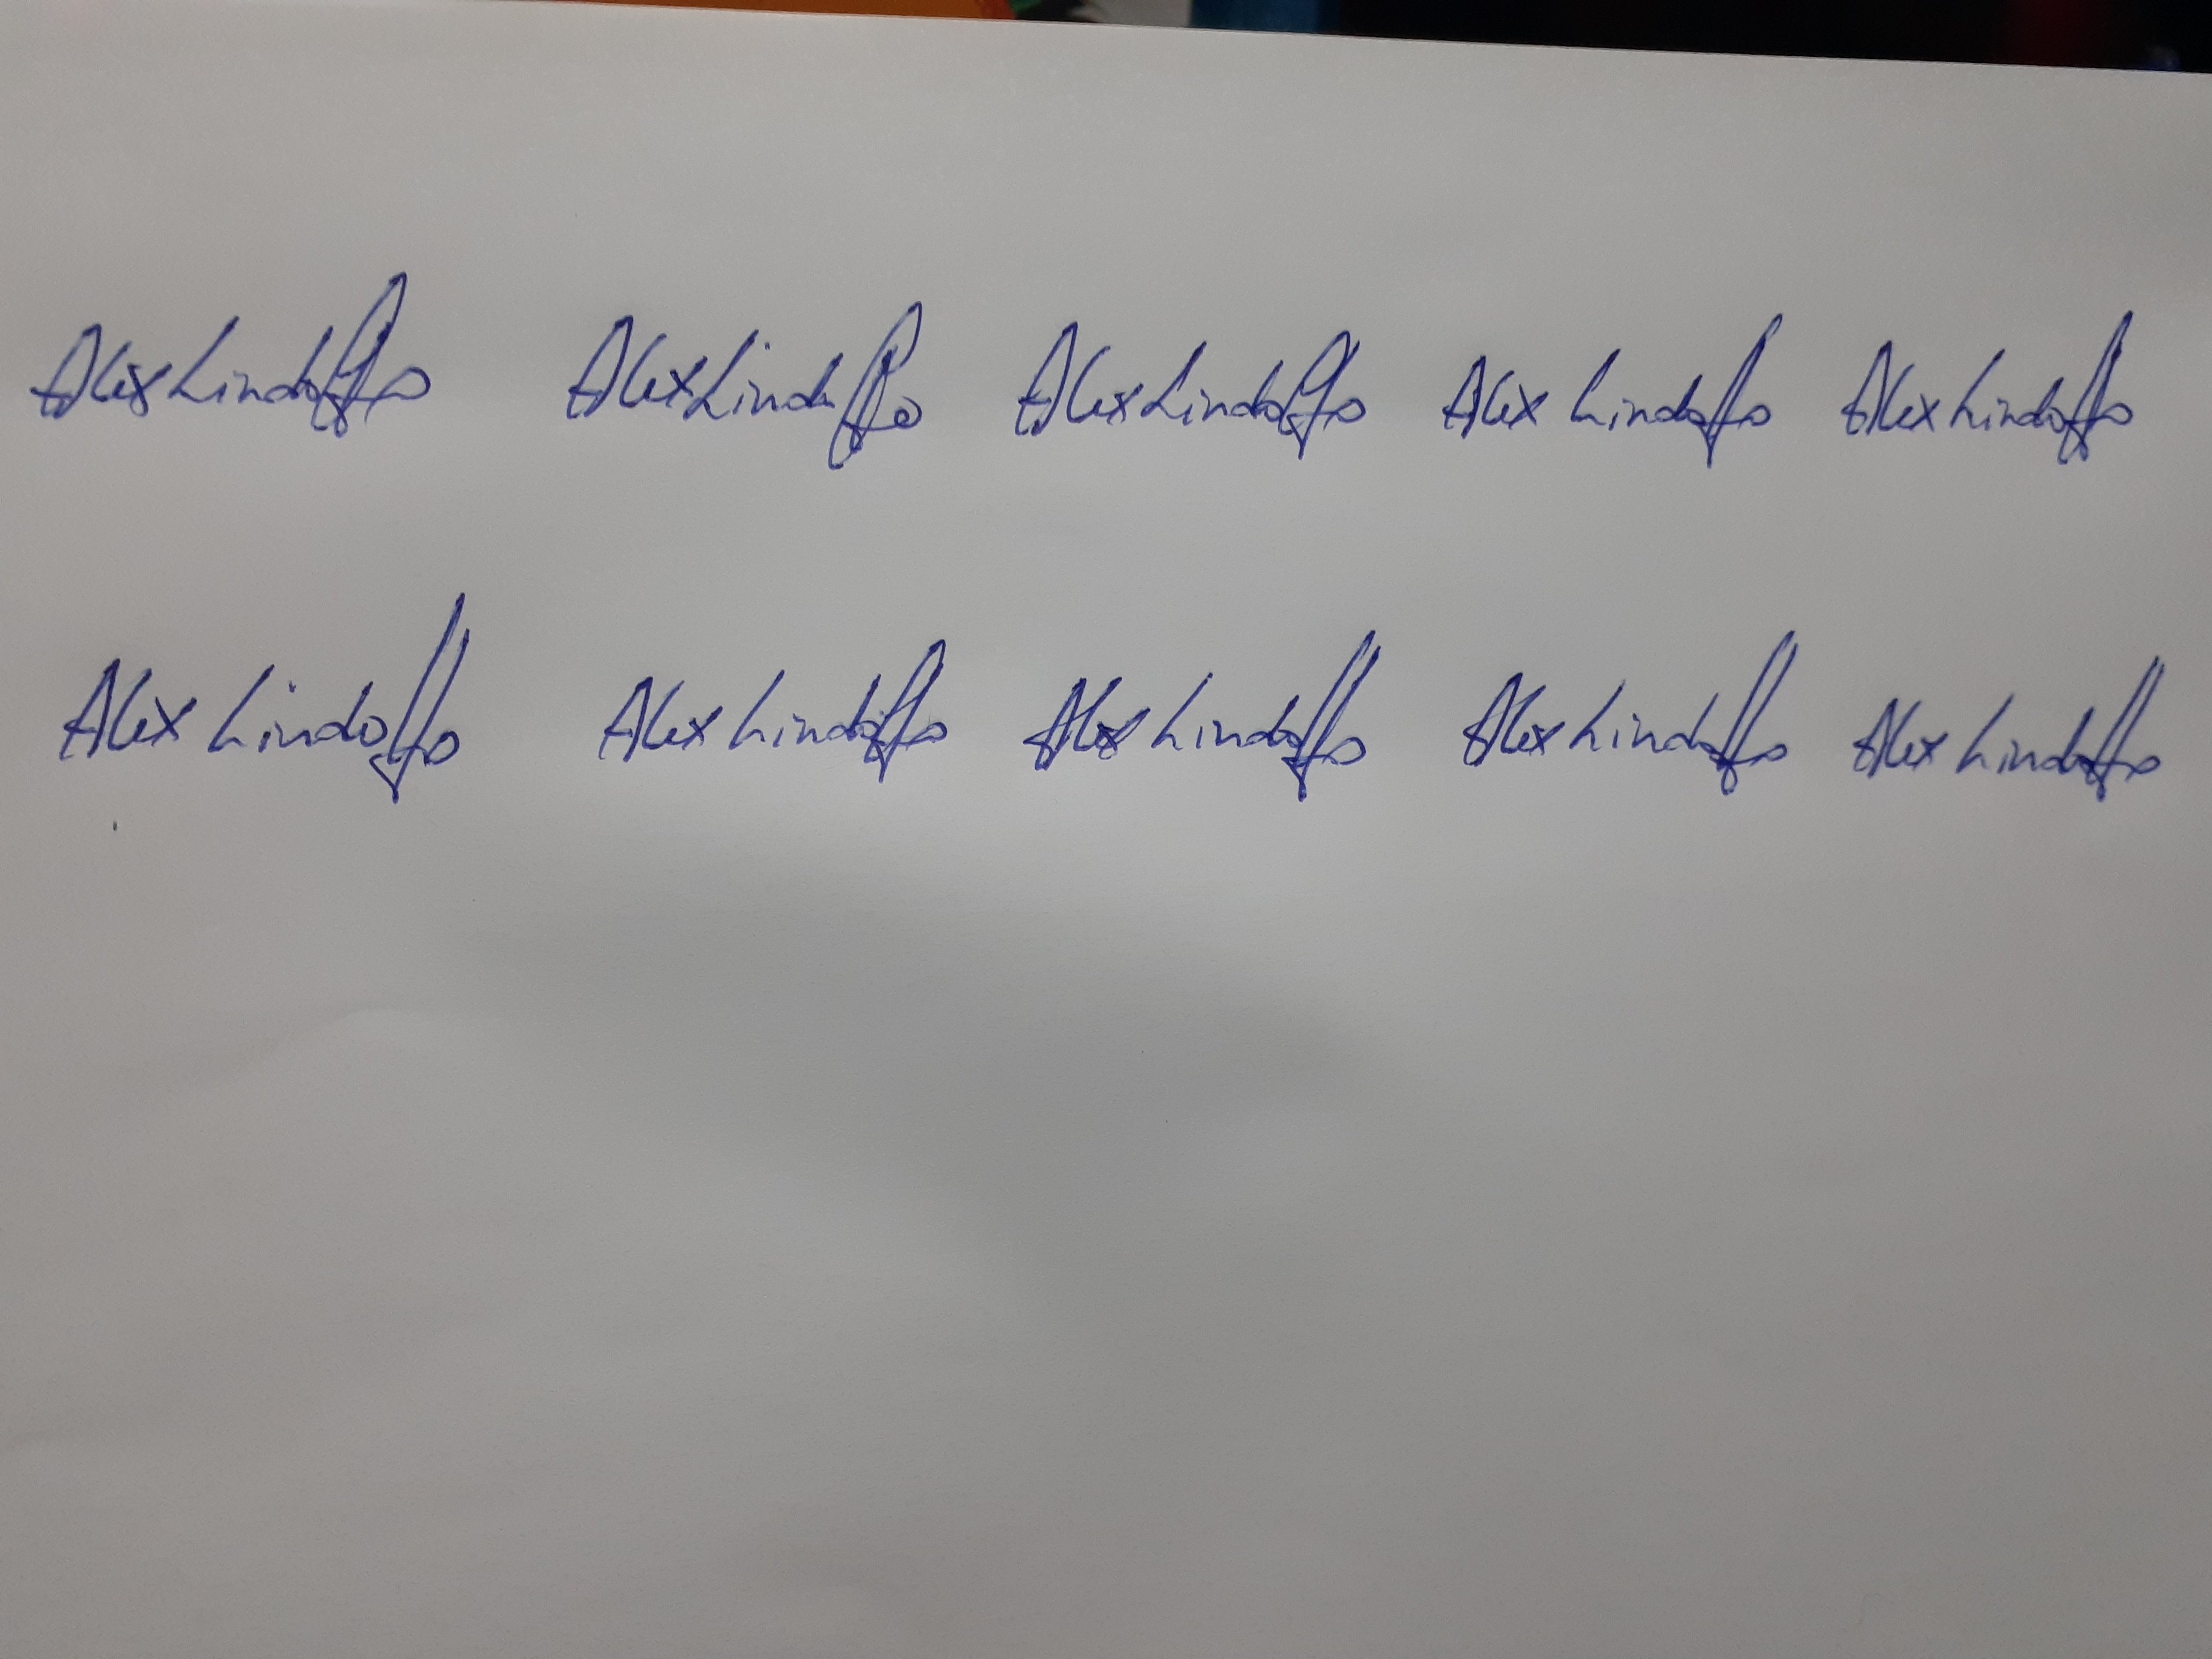
Signature authenticity: genuine